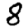
Digit: 8